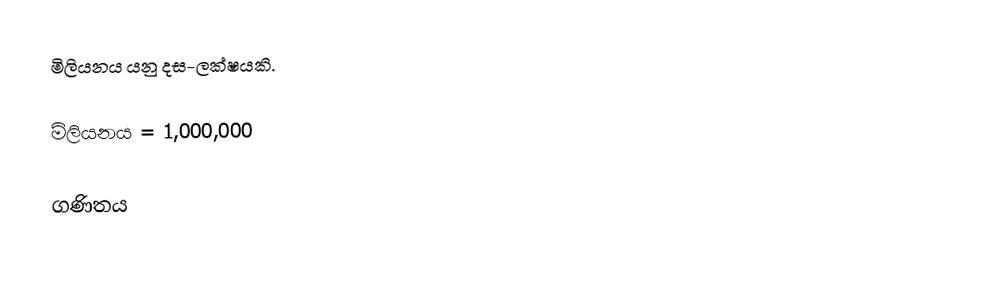
මිලියනය යනු දස-ලක්ෂයකි.

මිලියනය = 1,000,000

ගණිතය